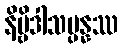
နိဗ္ဗိဒါသမ္ပန္နဿ